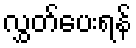
လွှတ်ပေးရန်